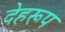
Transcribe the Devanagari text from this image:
देहरूप